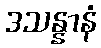
ဒသန္နာနံ